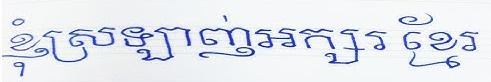
ខ្ញុំស្រឡាញ់អក្សរខ្មែរ